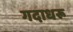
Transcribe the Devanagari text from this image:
गदाधरू